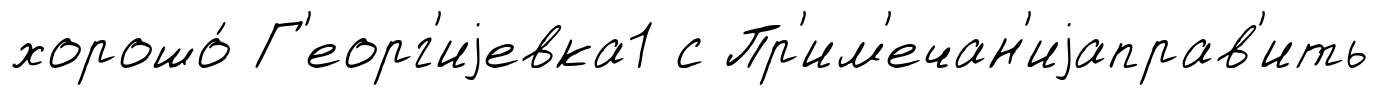
хорошо́ Г'еорг'иjевка1 с Пр'им'ечан'иjаправ'ить